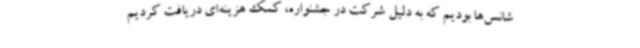
شانس‌ها بودیم که به دلیل شرکت در جشنواره، کمک هزینه‌ای دریافت کردیم